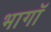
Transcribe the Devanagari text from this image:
भागॉ